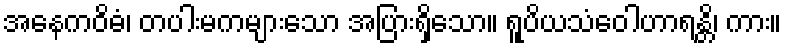
အနေကဝိဓံ၊ တပါးမကများသော အပြားရှိသော။ ရူပိယသံဝေါဟာရန္တိ၊ ကား။